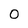
Character: O